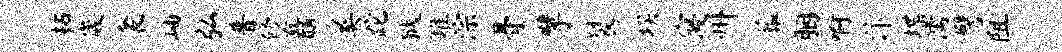
柘崴衾岫弘普修矗奚跎狱堆淙骨擘裂埃寝州葬胭啊汴堞濡譬阻